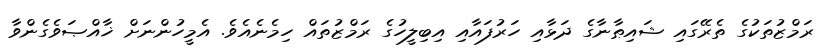
ރަމްޒުތަކުގެ ތެރޭގައި ޝައިޠާނާގެ ދަޅާއި ހަރުފައާއި އިބިލީހުގެ ރަމްޒުތައް ހިމެނެއެވެ. އެމީހުންނަށް ޚާއްޞަވެގެންވާ